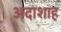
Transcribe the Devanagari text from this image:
अदाशाह